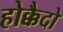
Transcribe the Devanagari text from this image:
होक्कैदो